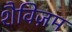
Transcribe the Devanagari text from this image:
शैविज़म